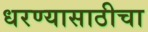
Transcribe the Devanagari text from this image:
धरण्यासाठीचा